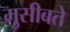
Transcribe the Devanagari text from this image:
मुसीबते